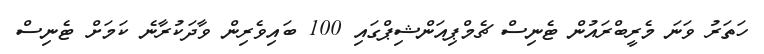
ހަތަރު ވަނަ މެރީބްރައުން ޓެނިސް ޗެމްޕިއަންޝިޕްގައި 100 ބައިވެރިން ވާދަކުރާނެ ކަަމަށް ޓެނިސް